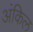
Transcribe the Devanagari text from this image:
अंकिल